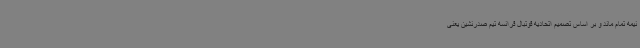
نیمه تمام ماند و بر اساس تصمیم اتحادیه فوتبال فرانسه تیم صدرنشین یعنی